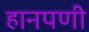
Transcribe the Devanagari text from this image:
हानपणी